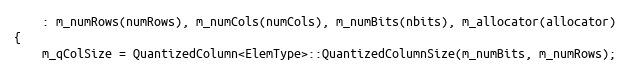
Language: C++
    : m_numRows(numRows), m_numCols(numCols), m_numBits(nbits), m_allocator(allocator)
{
    m_qColSize = QuantizedColumn<ElemType>::QuantizedColumnSize(m_numBits, m_numRows);